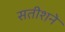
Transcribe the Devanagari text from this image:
सतीशने